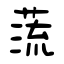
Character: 蓅